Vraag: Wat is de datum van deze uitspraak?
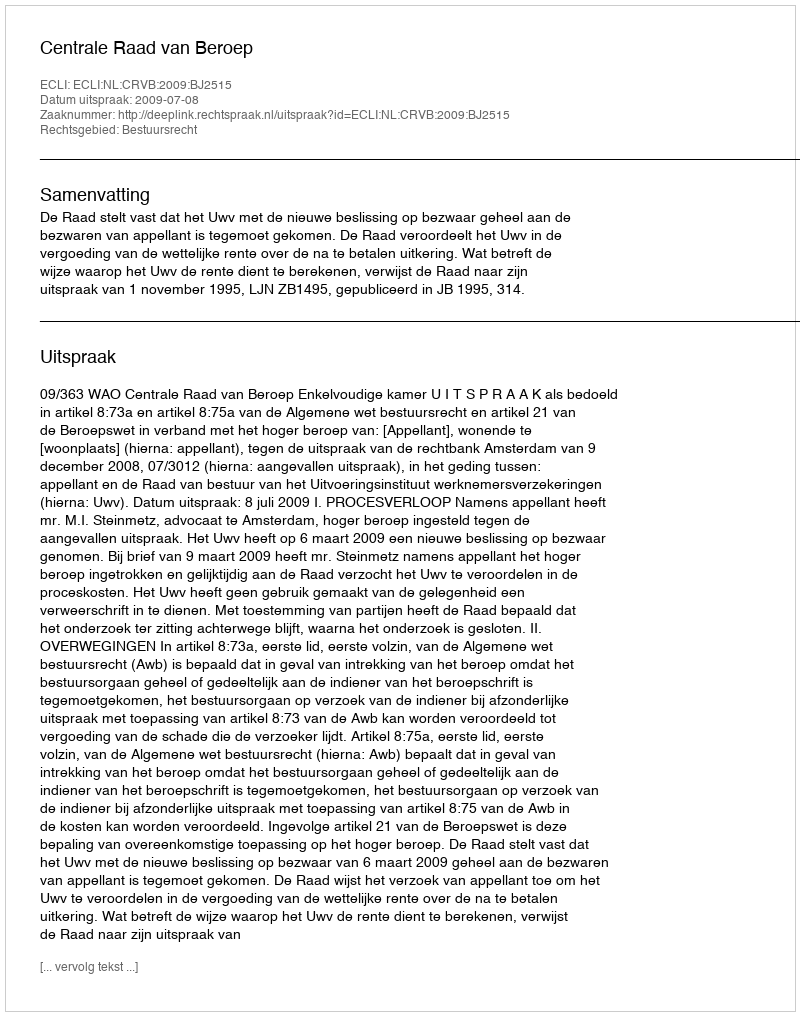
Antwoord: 2009-07-08